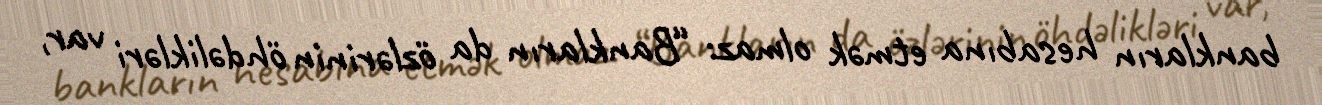
bankların hesabına etmək olmaz: “Bankların da özlərinin öhdəlikləri var,